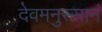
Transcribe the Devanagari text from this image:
देवमनुस्सानं